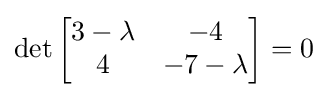
\det {\begin{bmatrix}3-\lambda &-4\\4&-7-\lambda \end{bmatrix}}=0